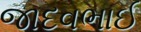
જાદવભાઈ